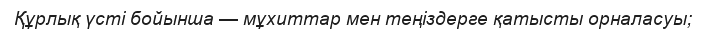
Құрлық үсті бойынша — мұхиттар мен теңіздерге қатысты орналасуы;